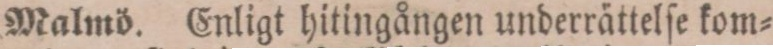
Malmö. Enligt hitingången underrättelſe kom=